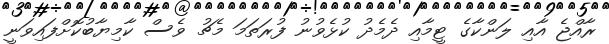
ރާއްޖެ އާއި ލަންކާގެ ޓީމާއި ދެމެދު ކުޅެވުނު ފުރަތަމަ މެޗު ވެސް ކާމިޔާބުކޮށްފައިވަނީ